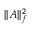
| | A | | _ { f } ^ { 2 }